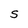
Character: S